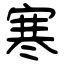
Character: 寒